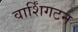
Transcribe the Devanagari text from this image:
वार्शिंगटन